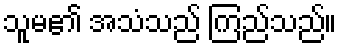
သူမ၏ အသံသည် ကြည်သည်။